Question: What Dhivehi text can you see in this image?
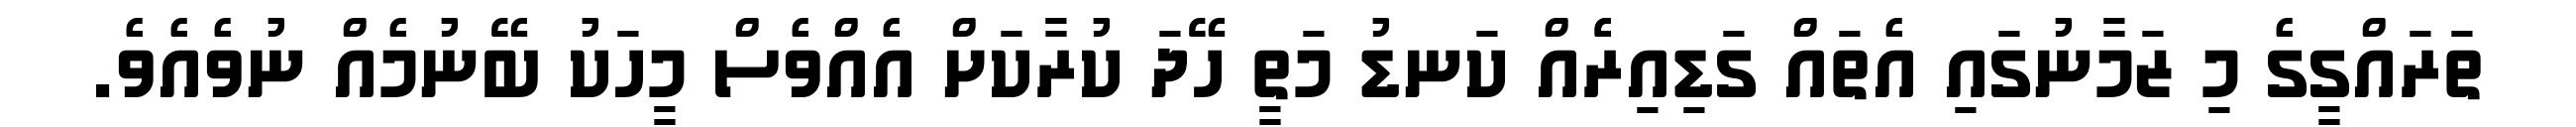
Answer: ތަރައްގީގެ މި ޒަމާނުގައި އެތައް ގަޑިއިރެެއް ކަނޑު މަތީ ހޭދަ ކުރާކަށް އެއްވެސް މީހަކު ބޭނުމެއް ނުވެއެވެ.